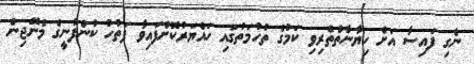
ނެގި ފައިސާ އަށް ހިޔާނާތްތެރިވި ކަމުގެ ތުހުމަތުގައި ހައްޔަރުކޮށްފައިވާ ފަތުހު ކުންފުނީގެ މެނޭޖިން